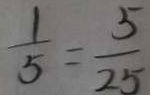
\frac { 1 } { 5 } = \frac { 5 } { 2 5 }